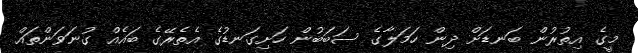
މީގެ އިތުރުން ބަނޑަށް ދިން ހަމަލާގެ ސަބަބުން ހަށިގަނޑުގެ އެތެރޭގެ ބައެއް ގުނަވަންތައް